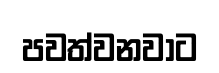
පවත්වනවාට